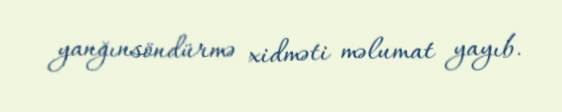
yanğınsöndürmə xidməti məlumat yayıb.